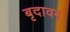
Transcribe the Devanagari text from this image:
बृदावन